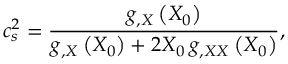
c _ { s } ^ { 2 } = \frac { g _ { , X } \left( X _ { 0 } \right) } { g _ { , X } \left( X _ { 0 } \right) + 2 X _ { 0 } \, g _ { , X X } \left( X _ { 0 } \right) } ,